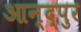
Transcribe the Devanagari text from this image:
आन्द्पुर